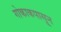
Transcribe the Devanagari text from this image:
गोकाकपासून